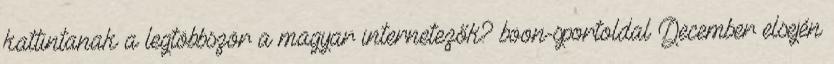
kattintanak a legtöbbször a magyar internetezők? boon-sportoldal December elsején